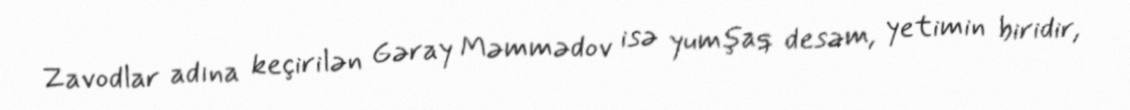
Zavodlar adına keçirilən Gəray Məmmədov isə yumşaq desəm, yetimin biridir,